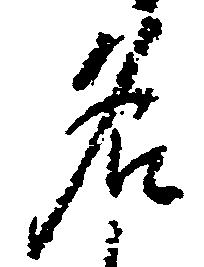
名